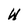
Character: W